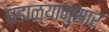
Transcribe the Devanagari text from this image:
घडाळ्यानुसार